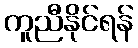
ကူညီနိုင်ရန်